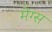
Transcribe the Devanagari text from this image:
मेग्स